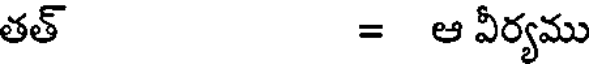
తత్ = ఆ వీర్యము